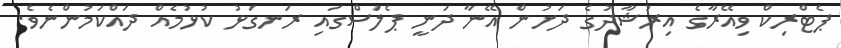
ޕެޓްރިކް ވިއޭރާގެ އިރުޝާދުގެ ދަށުން އޭނާ ދަނީ ޕެލަސްގައި ރަނގަޅު ކުޅުމެއް ދައްކަމުންނެވެ.